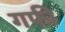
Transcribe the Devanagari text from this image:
गफी